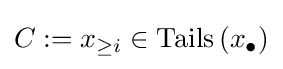
C:=x_{\geq i}\in \operatorname {Tails} \left(x_{\bullet }\right)